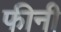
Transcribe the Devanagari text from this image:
फीनी